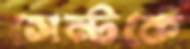
সেন্টকে